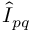
\hat { I } _ { p q }